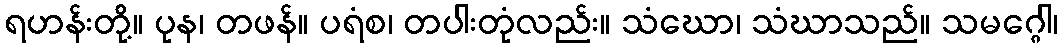
ရဟန်းတို့။ ပုန၊ တဖန်။ ပရံစ၊ တပါးတုံလည်း။ သံဃော၊ သံဃာသည်။ သမဂ္ဂေါ၊